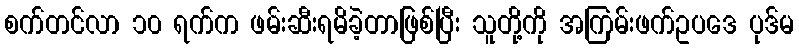
စက်တင်လာ ၁၀ ရက်က ဖမ်းဆီးရမိခဲ့တာဖြစ်ပြီး သူတို့ကို အကြမ်းဖက်ဥပဒေ ပုဒ်မ